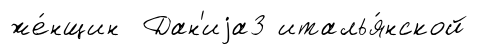
же́нщин Дан'иjа3 италья́нской